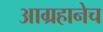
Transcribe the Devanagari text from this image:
आग्रहानेच